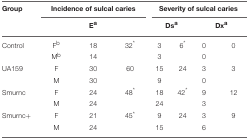
| Group | <COLSPAN=3> Incidence of sulcal caries | <COLSPAN=4> Severity of sulcal caries |
 |  | <COLSPAN=3> Ea | <COLSPAN=2> Dsa | <COLSPAN=2> Dxa |
 | --- | --- | --- | --- | --- | --- | --- | --- |
 | Control | Fb | 18 | 32* | 3 | 6* | 0 | 0 |  |
 |  | Mb | 14 |  | 3 |  | 0 |  |
 | UA159 | F | 30 | 60 | 15 | 24 | 3 | 3 |
 |  | M | 30 |  | 9 |  | 0 |  |
 | Smurnc | F | 24 | 48* | 18 | 42* | 9 | 12 |
 |  | M | 24 |  | 24 |  | 3 |  |
 | Smurnc+ | F | 21 | 45* | 9 | 24 | 3 | 9 |
 |  | M | 24 |  | 15 |  | 6 |  |